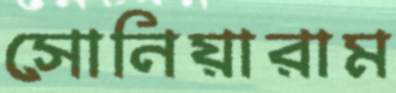
সোনিয়ারাম